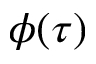
\phi ( \tau )